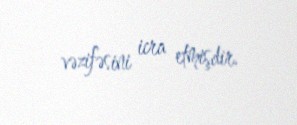
vəzifəsini icra etmişdir.